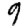
Digit: 9